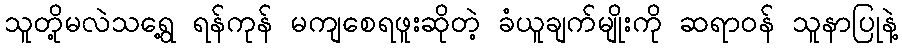
သူတို့မလဲသရွေ့ ရန်ကုန် မကျစေရဖူးဆိုတဲ့ ခံယူချက်မျိုးကို ဆရာ၀န် သူနာပြုနဲ့